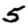
Digit: 5